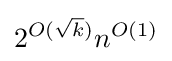
2^{O({\sqrt {k}})}n^{O(1)}